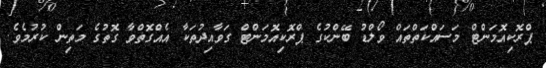
ޕްރޮކިއޮމަންޓް މަސައްކަތްތައް ވޯލްޑު ބޭންކުގެ ޕްރޮކިއޮމަންޓް ގަވާއިދުތަކާ އެއްގޮތްވާ ގޮތުގެ މަތިން ކުރުމެވެ.